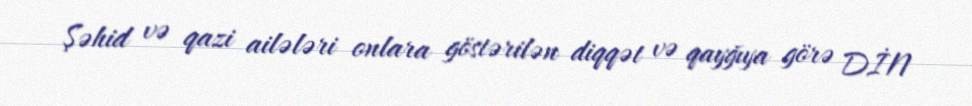
Şəhid və qazi ailələri onlara göstərilən diqqət və qayğıya görə DİN